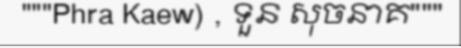
"""Phra Kaew) , ទួន សុចនាគ"""